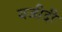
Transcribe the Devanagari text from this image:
यजीदी